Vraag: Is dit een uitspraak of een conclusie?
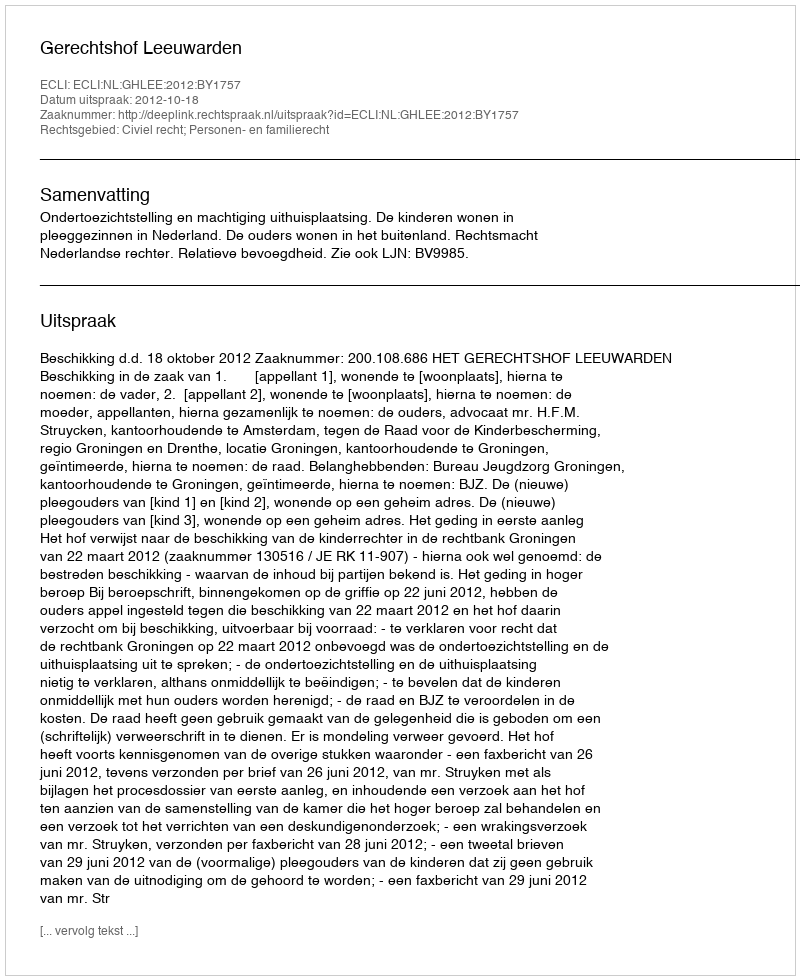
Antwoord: Uitspraak